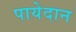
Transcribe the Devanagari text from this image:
पायेदान